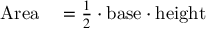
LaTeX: \begin{array} { r l } { { \mathrm { A r e a } } } & { { } { } = { \frac { 1 } { 2 } } \cdot { \mathrm { b a s e } } \cdot { \mathrm { h e i g h t } } } \end{array}